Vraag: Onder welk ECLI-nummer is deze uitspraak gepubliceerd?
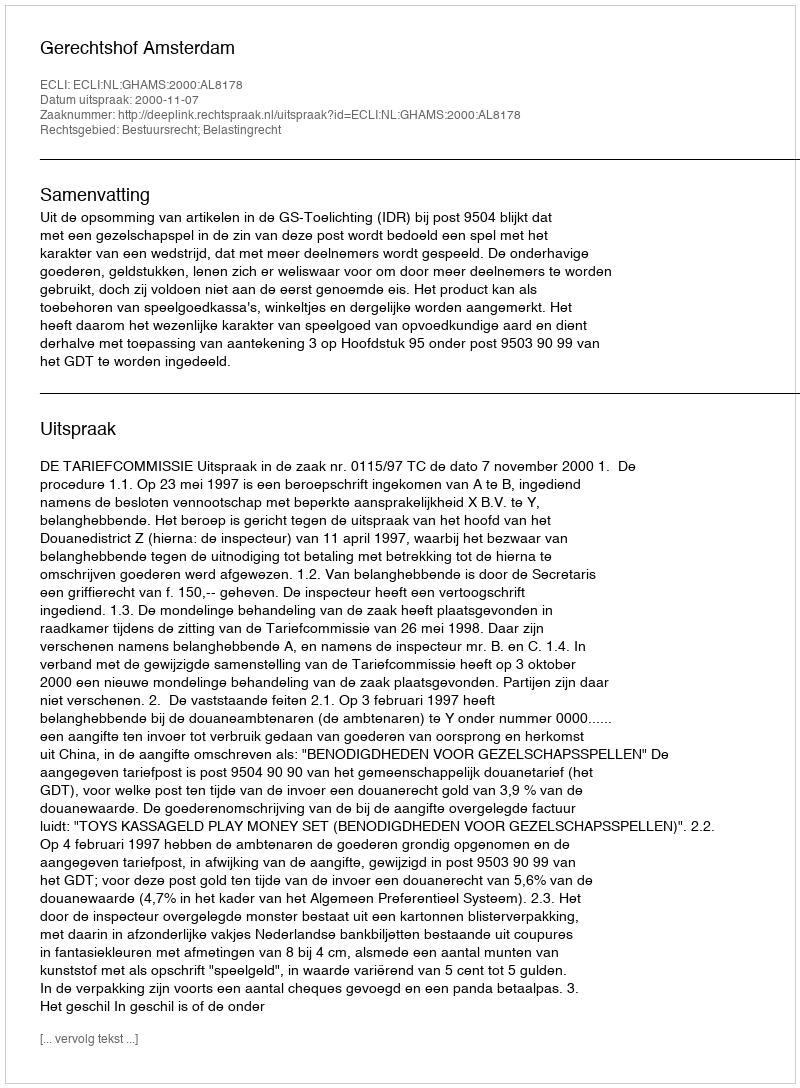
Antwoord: ECLI:NL:GHAMS:2000:AL8178